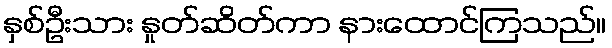
နှစ်ဦးသား နှုတ်ဆိတ်ကာ နားထောင်ကြသည်။